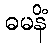
ဓမနိံ